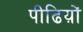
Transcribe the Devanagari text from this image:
पीढिय़ों